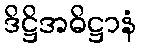
ဒိဋ္ဌိအဓိဋ္ဌာနံ